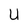
Character: U